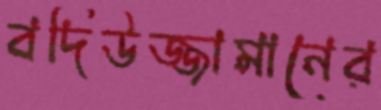
বদিউজ্জামানের